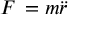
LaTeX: F \, = m { \ddot { r } }